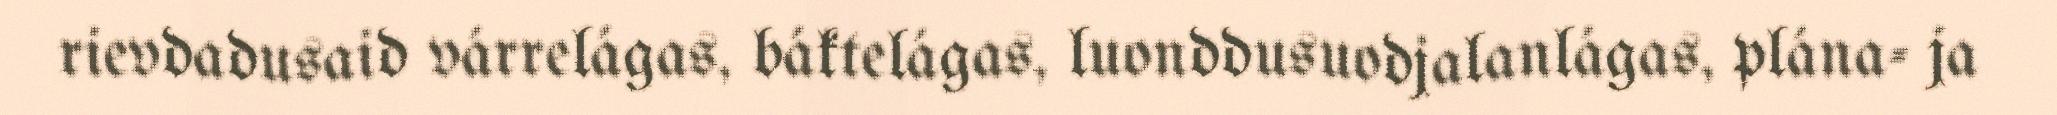
rievdadusaid várrelágas, báktelágas, luonddusuodjalanlágas, plána- ja